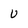
Character: v